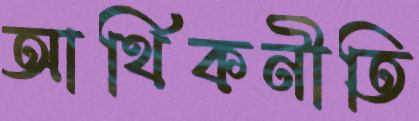
আর্থিকনীতি